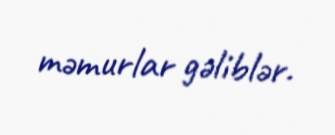
məmurlar gəliblər.